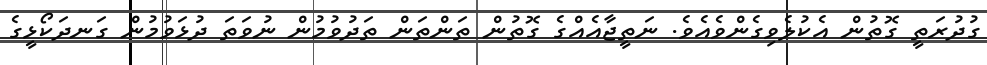
ގުދުރަތީ ގޮތުން އެކުލެވިގެންވެއެވެ. ނަތީޖާއެއްގެ ގޮތުން ތަންތަން ތަދުވުމުން ނުވަތަ ދުޅަވުމުން ގަނދަކޯޅީގެ